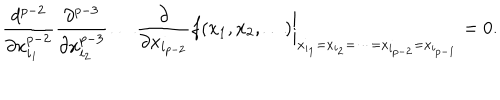
LaTeX: \frac { d ^ { p - 2 } } { \partial x _ { i _ { 1 } } ^ { p - 2 } } \frac { \partial ^ { p - 3 } } { \partial x _ { i _ { 2 } } ^ { p - 3 } } \dots \frac { \partial } { \partial x _ { i _ { p - 2 } } } f ( x _ { 1 } , x _ { 2 } , \dots ) \biggr | _ { x _ { i _ { 1 } } = x _ { i _ { 2 } } = \dots = x _ { i _ { p - 2 } } = x _ { i _ { p - 1 } } } = 0 .